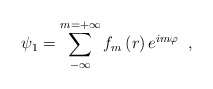
\begin{align*}\psi _{1}=\sum\limits_{-\infty }^{m=+\infty }f_{m}\,(r)\,e^{im\varphi}\;\;,\end{align*}